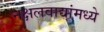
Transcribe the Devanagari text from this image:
नक्षलवाद्यांमध्ये